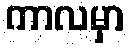
ကာလမှာ